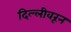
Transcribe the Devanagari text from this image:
दिल्लीवरून